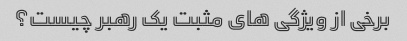
برخی از ویژگی های مثبت یک رهبر چیست؟